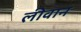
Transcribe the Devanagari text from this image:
लीवान